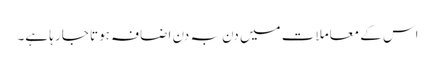
اس کے معاملات میں دن بہ دن اضافہ ہوتا جا رہا ہے۔